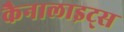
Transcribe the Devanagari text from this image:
कैनालाइट्स